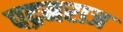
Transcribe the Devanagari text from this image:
पद्रमराज